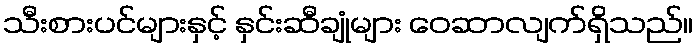
သီးစားပင်များနှင့် နှင်းဆီချုံများ ဝေဆာလျက်ရှိသည်။